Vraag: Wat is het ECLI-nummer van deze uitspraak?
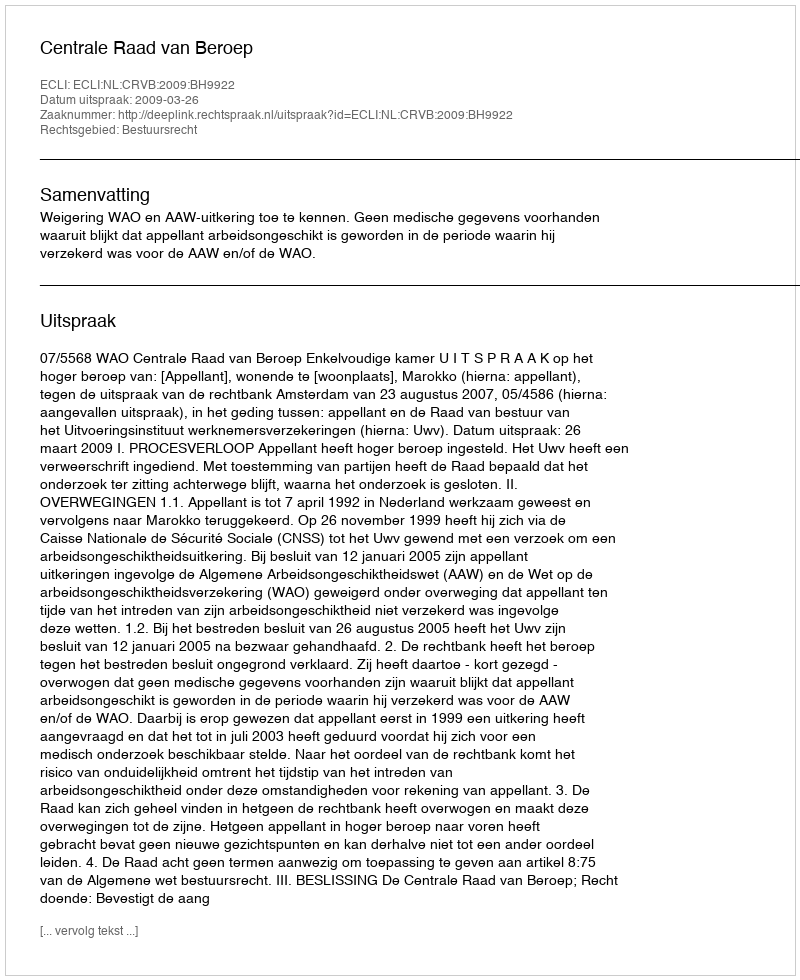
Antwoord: ECLI:NL:CRVB:2009:BH9922